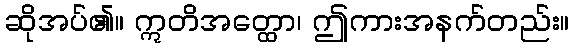
ဆိုအပ်၏။ ဣတိအတ္ထော၊ ဤကားအနက်တည်း။